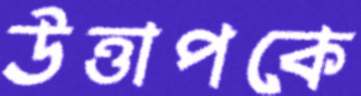
উত্তাপকে